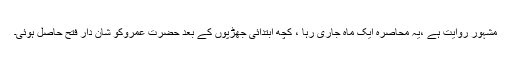
مشہور روایت ہے ،یہ محاصرہ ایک ماہ جاری رہا ، کچھ ابتدائی جھڑپوں کے بعد حضرت عمروکو شان دار فتح حاصل ہوئی۔